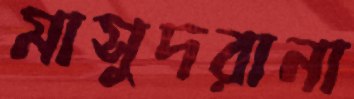
মাসুদরানা